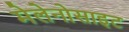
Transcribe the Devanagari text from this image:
मेलेनोसाइट